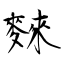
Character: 麳